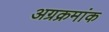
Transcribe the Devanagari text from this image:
अग्रक्रमांक